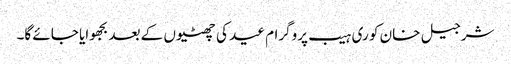
شرجیل خان کو ری ہیب پروگرام عید کی چھٹیوں کے بعد بجھوایا جائے گا۔